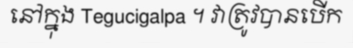
នៅក្នុង Tegucigalpa ។ វាត្រូវបានបើក